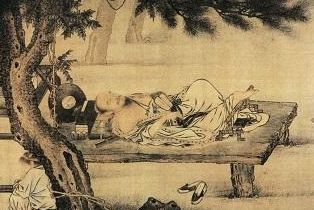
睡起莞然成独笑，数声渔笛在沧浪。